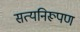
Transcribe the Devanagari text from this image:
सत्यनिरूपण